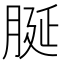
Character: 脠